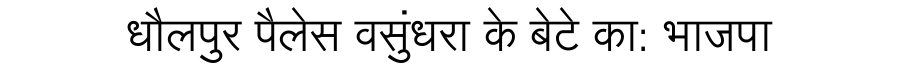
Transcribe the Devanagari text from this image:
धौलपुर पैलेस वसुंधरा के बेटे का: भाजपा